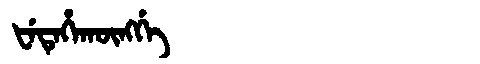
Manchu: ᡶᡝᡨᡝᡥᠠᡴᡡᠩᡤᡝ
Romanization: FETEHAKŪNGGE